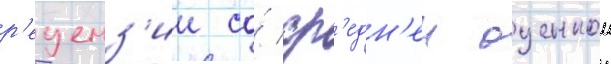
р'еценз'ии со́ ср'едн'еи оценкои